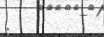
: